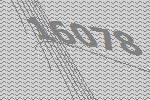
16078